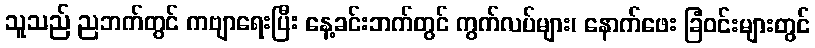
သူသည် ညဘက်တွင် ကဗျာရေးပြီး နေ့ခင်းဘက်တွင် ကွက်လပ်များ၊ နောက်ဖေး ခြံဝင်းများတွင်